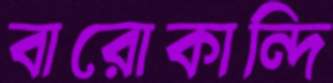
বারোকান্দি